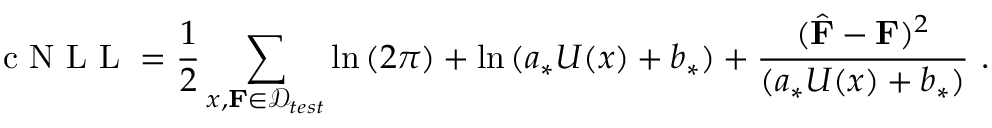
\mathrm { ~ c ~ N ~ L ~ L ~ } = \frac { 1 } { 2 } \sum _ { x , \mathbf { F } \in \mathcal { D } _ { t e s t } } \ln { ( 2 \pi ) } + \ln { ( a _ { * } U ( x ) + b _ { * } ) } + \frac { ( \hat { \mathbf { F } } - \mathbf { F } ) ^ { 2 } } { ( a _ { * } U ( x ) + b _ { * } ) } \ .